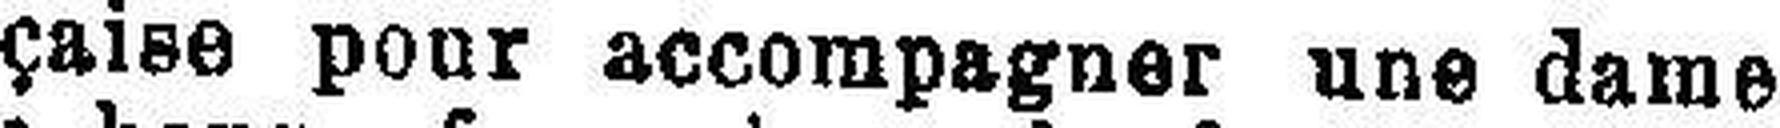
çaise pour accompagner une dame